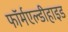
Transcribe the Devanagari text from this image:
फॉर्मएल्डीहाइड